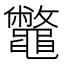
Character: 鼈